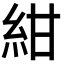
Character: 紺